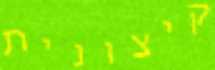
קיצונית